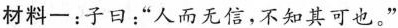
材料-：子曰：”人而无信，不知其可也。”